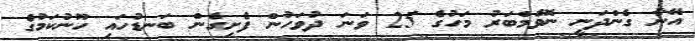
އޭނާ ގެންދަނީ ނޮވެމްބަރު މަހުގެ 25 ވަނަ ދުވަހުން ފެށިގެން ބަނޑުހައި ހޫނުކަމުގެ